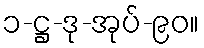
၁-ဋ္ဌ-ဒု-အုပ်-၉၀။